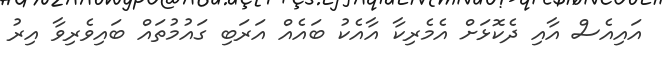
އައިއެސް އާއި ދެކޮޅަށް އެމެރިކާ އާއެކު ބައެއް އަރަބި ގައުމުތައް ބައިވެރިވާ އިރު